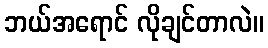
ဘယ်အရောင် လိုချင်တာလဲ။